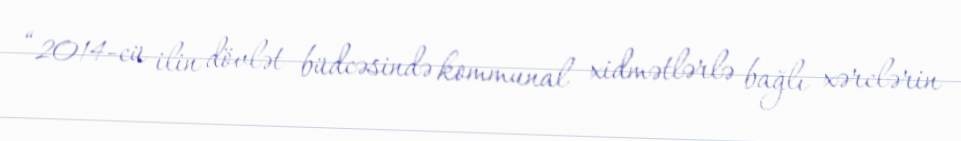
“2014-cü ilin dövlət büdcəsində kommunal xidmətlərlə bağlı xərclərin